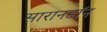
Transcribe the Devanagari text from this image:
सारानडॉन